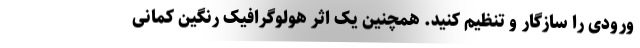
ورودی را سازگار و تنظیم کنید. همچنین یک اثر هولوگرافیک رنگین کمانی